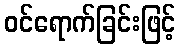
ဝင်ရောက်ခြင်းဖြင့်